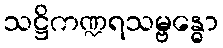
သဋ္ဌိကဏ္ဍရသမ္ဗန္ဓော